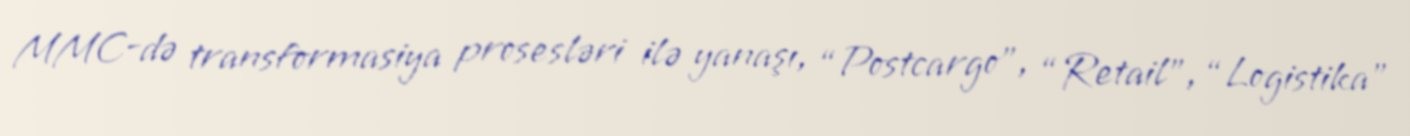
MMC-də transformasiya prosesləri ilə yanaşı, “Postcargo”, “Retail”, “Logistika”